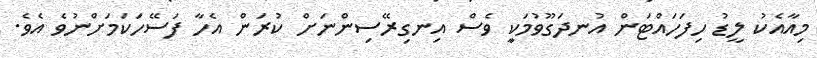
މިއާއެކު ލީޑު ހިފަހައްޓަން އުނދަގޫވުމަކިީ ވެސް އިނގިރޭސިންނަށް ކުރަން އެހާ ފަސޭހަކަމަށްނުވެ އެވެ.